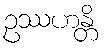
ဥဿဟန္တိ